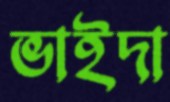
ভাইদা